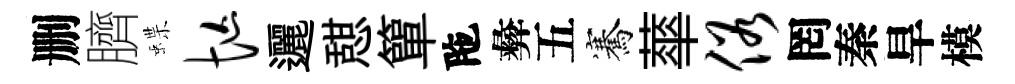
删臍蝶忙邐憇簞陁彜五騫蕐俗罔秦旱模